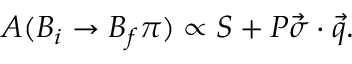
A ( { B } _ { i } \rightarrow { B } _ { f } \pi ) \propto S + P \vec { \sigma } \cdot \vec { q } .